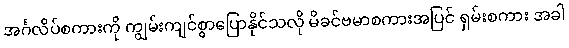
အင်္ဂလိပ်စကားကို ကျွမ်းကျင်စွာပြောနိုင်သလို မိခင်ဗမာစကားအပြင် ရှမ်းစကား အခါ